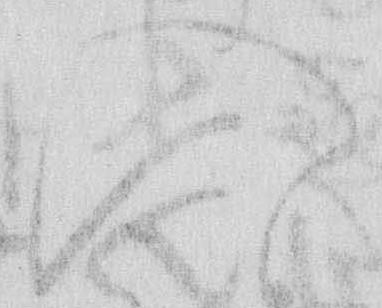
入